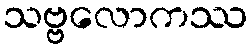
သဗ္ဗလောကဿ